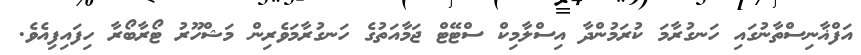
އަފްޣާނިސްތާނުގައި ހަނގުރާމަ ކުރަމުންދާ އިސްލާމިކް ސްޓޭޓް ޖަމާއަތުގެ ހަނގުރާމަވެރިން މަޝްހޫރު ޓޯރާބޯރާ ހިފައިފިއެވެ.